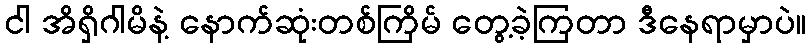
ငါ အိရှိဂါမိနဲ့ နောက်ဆုံးတစ်ကြိမ် တွေ့ခဲ့ကြတာ ဒီနေရာမှာပဲ။